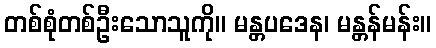
တစ်စုံတစ်ဦးသောသူကို။ မန္တပဒေန၊ မန္တန်မန်း။